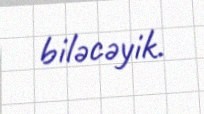
biləcəyik.